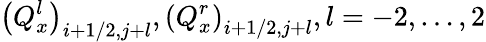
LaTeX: {{\left(Q_{x}^{l}\right)}_{i+1/2,j+l}},{{\left(Q_{x}^{r}\right)}_{i+1/2,j+l}},l=-2,\ldots,2